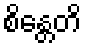
စိန္တေတိ